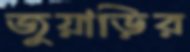
জুয়াড়ির